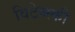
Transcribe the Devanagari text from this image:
विटेब्स्की